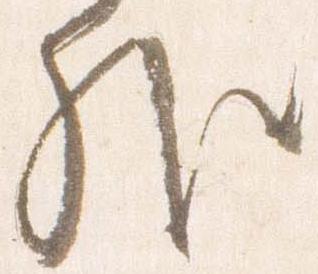
外